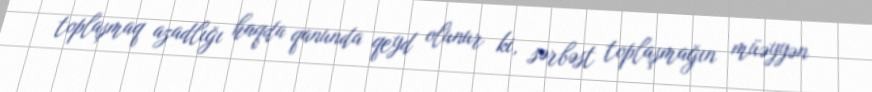
toplaşmaq azadlığı haqda qanunda qeyd olunur ki, sərbəst toplaşmağın müəyyən